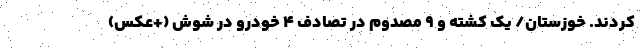
کردند. خوزستان/ یک کشته و ۹ مصدوم در تصادف ۴ خودرو در شوش (+عکس)